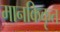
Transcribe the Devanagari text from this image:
मानकिकृत